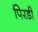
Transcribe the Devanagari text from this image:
पिरडी